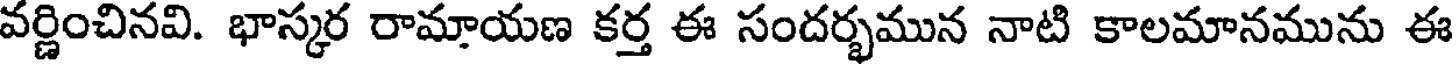
వర్ణించినవి. భాస్కర రామాయణ కర్త ఈ సందర్భమున నాటి కాలమానమును ఈ